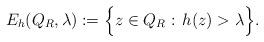
LaTeX: \begin{align*} E_h(Q_R, \lambda) := \Big\{z\in Q_R:\, h(z) >\lambda \Big\}. \end{align*}